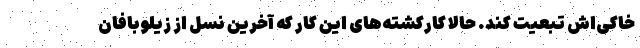
خاکی‌اش تبعیت کند. حالا کارکشته‌های این کار که آخرین نسل از زیلوبافان